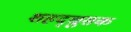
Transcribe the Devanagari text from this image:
शहद्चुसक